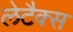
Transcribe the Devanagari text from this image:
लेटैक्स